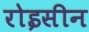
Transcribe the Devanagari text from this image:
रोइसीन